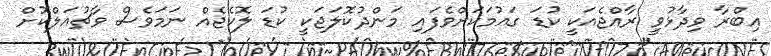
އިބްރާ ވިދާޅުވީ ރާއްޖެއަކީ ކުޑަ ގައުމަކަށްވެފައި މަންދުކޮލަޖަކީ ކުޑަ ލޮކެޖެއް ނަމަވެސް ވާޗުއަލްކޮށް